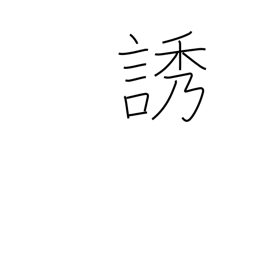
Meaning: call for